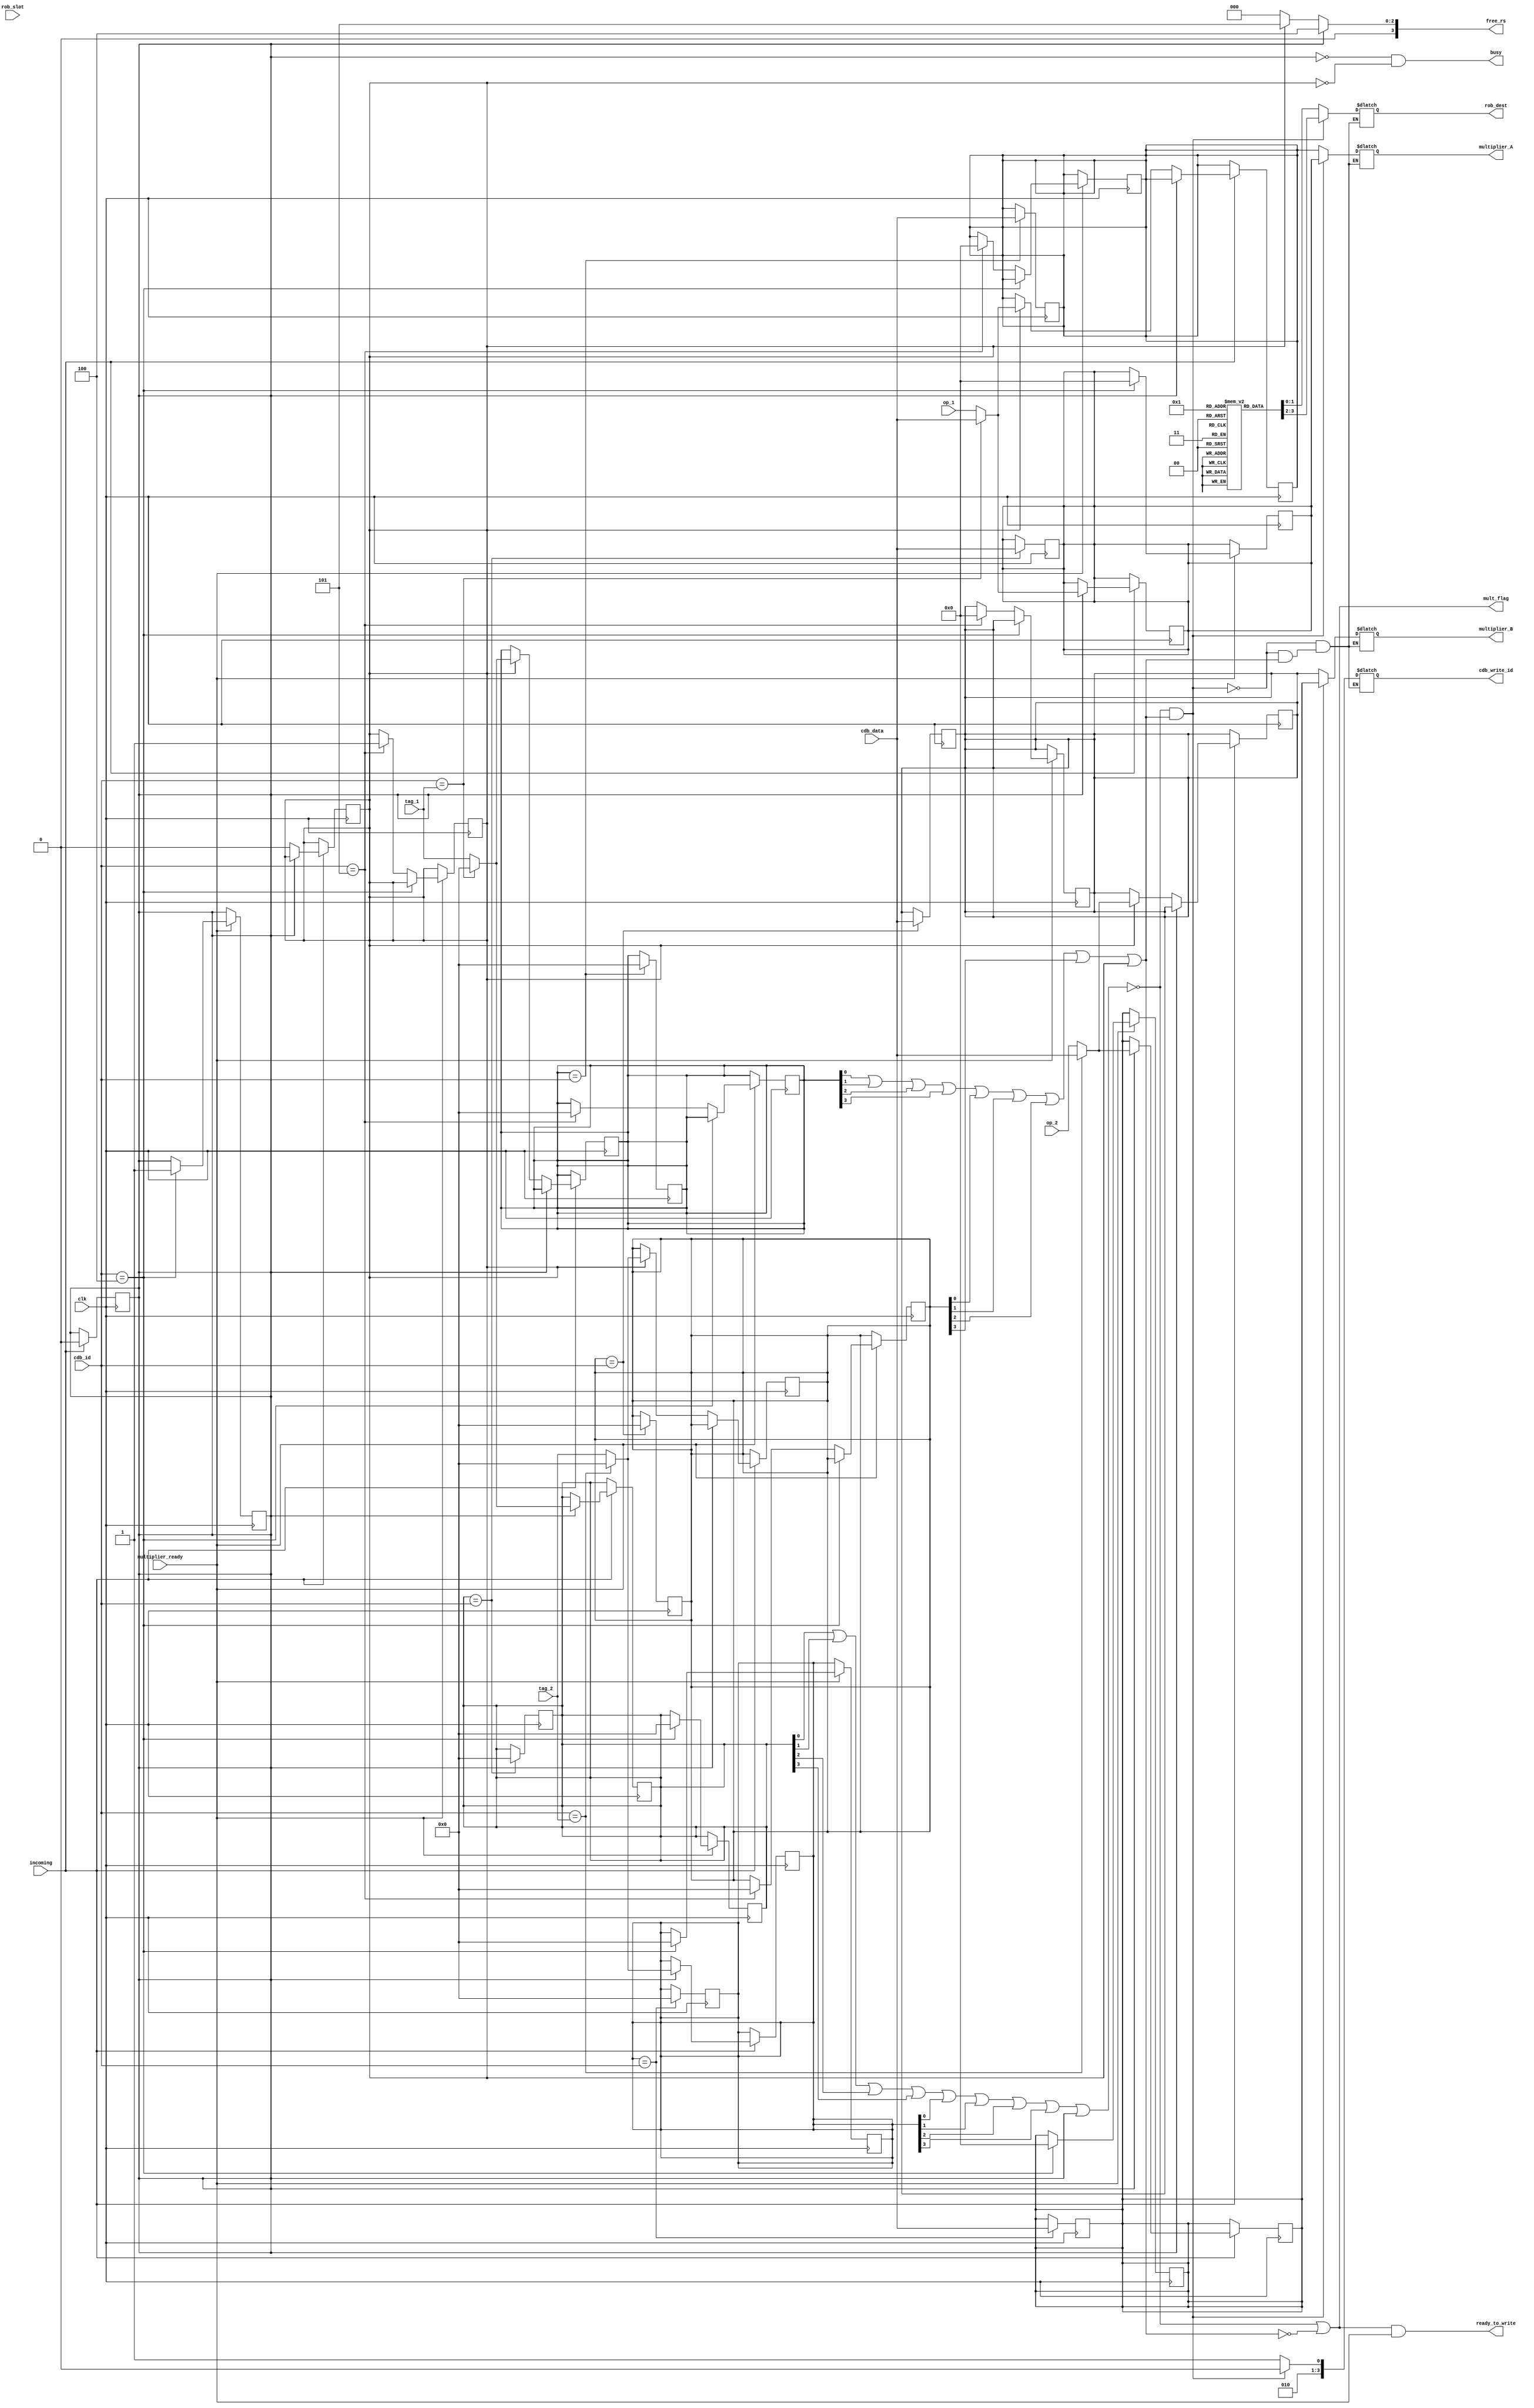
module rs_mult(

// ---- INPUTS -------

//clock input
    input clk,

// CONTROL inputs
    // -- issue control
    input incoming,
    // --adder 
    input multiplier_ready,

//  DATA inputs
    // -- rs station entry
    input [3:0] tag_1,
    input [3:0] tag_2,
    input [63:0] op_1,
    input [63:0] op_2,
	input [1:0] rob_slot,
    // -- cdb
    input [3:0] cdb_id,
    input [63:0] cdb_data,

// ---- OUTPUTS -------

//  CONTROL outputs
    // -- arbiter
    output  ready_to_write,
    // --issue control logic
    output busy,
    output reg [3:0] free_rs, 

//  DATA outputs
    // -- arbiter
    output reg [3:0] cdb_write_id,
	output reg [1:0] rob_dest,
    // --to adder 
    output reg [63:0] multiplier_A,
    output reg [63:0] multiplier_B,
    output  mult_flag

);

  //dummy counter variable
  reg [1:0] i;

  parameter notag = 0,
            add_1 = 1,
            add_2 = 2,
            add_3 = 3,
            mult_1 = 4,
            mult_2 = 5,
            ld_1 = 6,
            ld_2 = 7,
            ld_3 = 8,
            st_1 = 9,
            st_2 = 10;


   //adder reservation data
   reg [1:0] rob [0:2];
   reg [63:0] op1 [0:1];
   reg [63:0] op2 [0:1];
   reg [3:0] tag1 [0:1];
   reg [3:0] tag2 [0:1];
   reg free [0:1];
   wire ready [0:1];

   initial
   begin
      op1[0]=0; op2[0]=0; tag1[0]=0;tag2[0]=0; free[0]=1; 
      op1[1]=0; op2[1]=0; tag1[1]=0;tag2[1]=0; free[1]=1; 
   end

   //adder reservation CONTROL


   //OUTPUT CONTROL SIGNALS

   // -- issue-control logic
   assign busy = ((~free[0]) & (~free[1])) ;
   assign ready[0] = ~(tag1[0][0] | tag1[0][1] | tag1[0][2] | tag1[0][3] | tag2[0][0] | tag2[0][1] | tag2[0][2] | tag2[0][3] | free[0]);
   assign ready[1] = ~(tag1[1][0] | tag1[1][1] | tag1[1][2] | tag1[1][3] | tag2[1][0] | tag2[1][1] | tag2[1][2] | tag2[1][3] | free[1]);
   assign ready_to_write = (ready[0] | ready[1] ) & multiplier_ready ;
   assign mult_flag = ready[0] | ready[1] ;


   always @(*)
   begin
      // --- which reservation station is the next one 
      if(free[0]) free_rs = mult_1; 
      else if (free[1]) free_rs = mult_2;
      else free_rs = notag;
   end

   //OUTPUT DATA
  always @(*)
  begin
      // -- give multiplier inputs
      if ((ready[0] == 1) && (ready[1] != 1))
      begin
		 rob_dest = rob[0];
         multiplier_A = op1[0];
         multiplier_B = op2[0];
         cdb_write_id = mult_1;
      end
      else if (ready[1] == 1)
      begin
		 rob_dest = rob[1];
         multiplier_A = op1[1];
         multiplier_B = op2[1];
         cdb_write_id = mult_2;
      end
  end

   //WRITES
  always @(posedge clk)
  begin
      // -- free a reservation station
      if(multiplier_ready )
      begin
          if(cdb_id ==mult_1)
          begin
              free[0] <= 1;
              tag1[0] <= notag;
              tag2[0] <= notag;
              op1[0] <= 0;
              op2[0] <= 0;
          end
          else if(cdb_id == mult_2)
          begin
              free[1] <= 1;
              tag1[1] <= notag;
              tag2[1] <= notag;
              op1[1] <= 0;
              op2[1] <= 0;
          end
      end
  end

   always @(posedge clk)
   begin
      // --- new instruction writes to reservation station
      if(incoming)
      begin
         if(free[0])
         begin
            if (cdb_id == tag_1)
            begin
                op1[0] <= cdb_data;
                tag1[0] <= 0; 
            end
            else
            begin
                op1[0] <= op_1; 
                tag1[0] <= tag_1; 
            end
            if (cdb_id == tag_2)
            begin
                op2[0] <= cdb_data;
                tag2[0] <= 0; 
            end
            else
            begin
                op2[0] <= op_2; 
                tag2[0] <= tag_2; 
            end
            free[0] <= 0;
         end
         else if (free[1])
         begin
            if (cdb_id == tag_1)
            begin
                op1[1] <= cdb_data;
                tag1[1] <= 0; 
            end
            else
            begin
                op1[1] <= op_1; 
                tag1[1] <= tag_1; 
            end
            if (cdb_id == tag_2)
            begin
                op2[1] <= cdb_data;
                tag2[1] <= 0; 
            end
            else
            begin
                op2[1] <= op_2; 
                tag2[1] <= tag_2; 
            end
            free[1] <= 0;
         end
      end
   end

   always @(posedge clk)
   begin
      // --- cdb writes to the reservation station
            for(i=0; i<2; i=i+1)
            begin
                if(tag1[i] == cdb_id )
                begin
                    op1[i] <= cdb_data;
                    tag1[i] <= 0;
                end
                if(tag2[i] == cdb_id )
                begin
                    op2[i] <= cdb_data;
                    tag2[i] <= 0; 
                end
            end
   end

endmodule